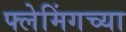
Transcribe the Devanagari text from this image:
फ्लेमिंगच्या